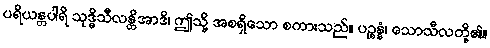
ပရိယန္တပါရိ သုဒ္ဓိသီလန္တိအာဒိ၊ ဤသို့ အစရှိသော စကားသည်။ ပဉ္စန္နံ၊ သောသီလတို့၏။